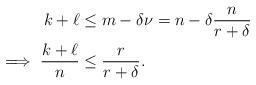
\begin{align*}k+\ell &\leq m - \delta \nu = n - \delta \frac{n}{r+\delta} \\\implies \frac{k+\ell}{n} &\leq \frac{r}{r+\delta}.\end{align*}